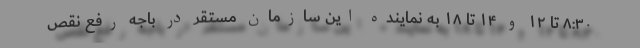
۸:۳۰ تا ۱۲ و ۱۴ تا ۱۸ به نماینده این سازمان مستقر در باجه رفع نقص